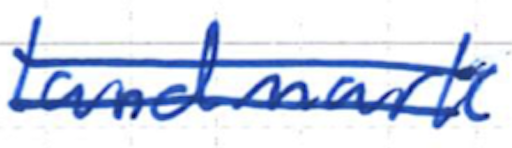
Text: landmark
Cross-out: double-line
Writing tool: ballpoint